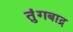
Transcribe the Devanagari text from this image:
तुंगबाद्र